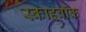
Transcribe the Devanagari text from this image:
स्काइवॉक